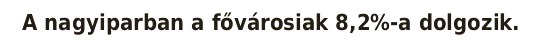
A nagyiparban a fővárosiak 8,2%-a dolgozik.